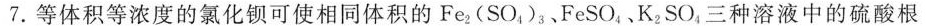
7.等体积等浓度的氯化钡可使相同体积的Fe_{ 2 }(SO_{ 4 })_{ 3 }、FeSO_{ 4 }、K_{ 2 }SO_{ 4 }；三种溶液中的硫酸根